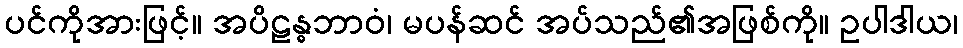
ပင်ကိုအားဖြင့်။ အပိဠန္ဓဘာဝံ၊ မပန်ဆင် အပ်သည်၏အဖြစ်ကို။ ဥပါဒါယ၊